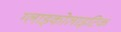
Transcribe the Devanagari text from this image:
ग्लाइकोलाइटिक